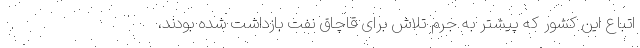
اتباع این کشور که پیشتر به جرم تلاش برای قاچاق نفت بازداشت شده بودند،